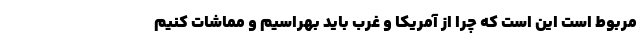
مربوط است این است که چرا از آمریکا و غرب باید بهراسیم و مماشات کنیم